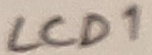
Text: LCD1